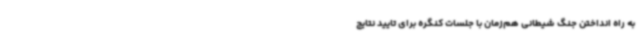
به راه انداختن جنگ شیطانی هم‌زمان با جلسات کنگره برای تایید نتایج